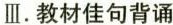
Ⅲ.教材佳句背诵